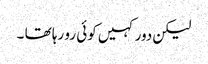
لیکن دور کہیں کوئی رو رہا تھا ۔